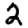
Digit: 2